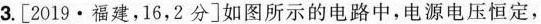
3.[2019·福建，16，2分]如图所示的电路中，电源电压恒定，